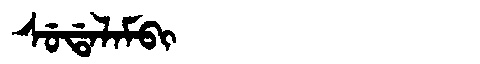
Manchu: ᠰᡠᡩᠠᠯᠠᠮᠪᡳ
Romanization: SUDALAMBI